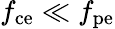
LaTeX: f_{\mathrm{ce}}\ll f_{\mathrm{pe}}